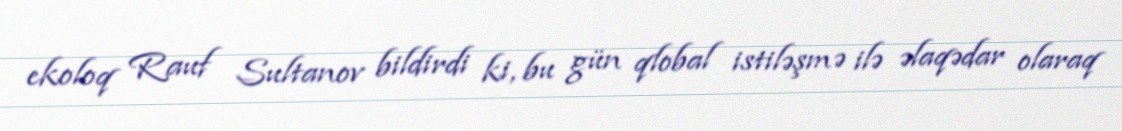
ekoloq Rauf Sultanov bildirdi ki, bu gün qlobal istiləşmə ilə əlaqədar olaraq